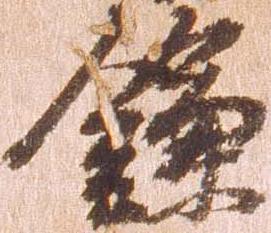
鎌